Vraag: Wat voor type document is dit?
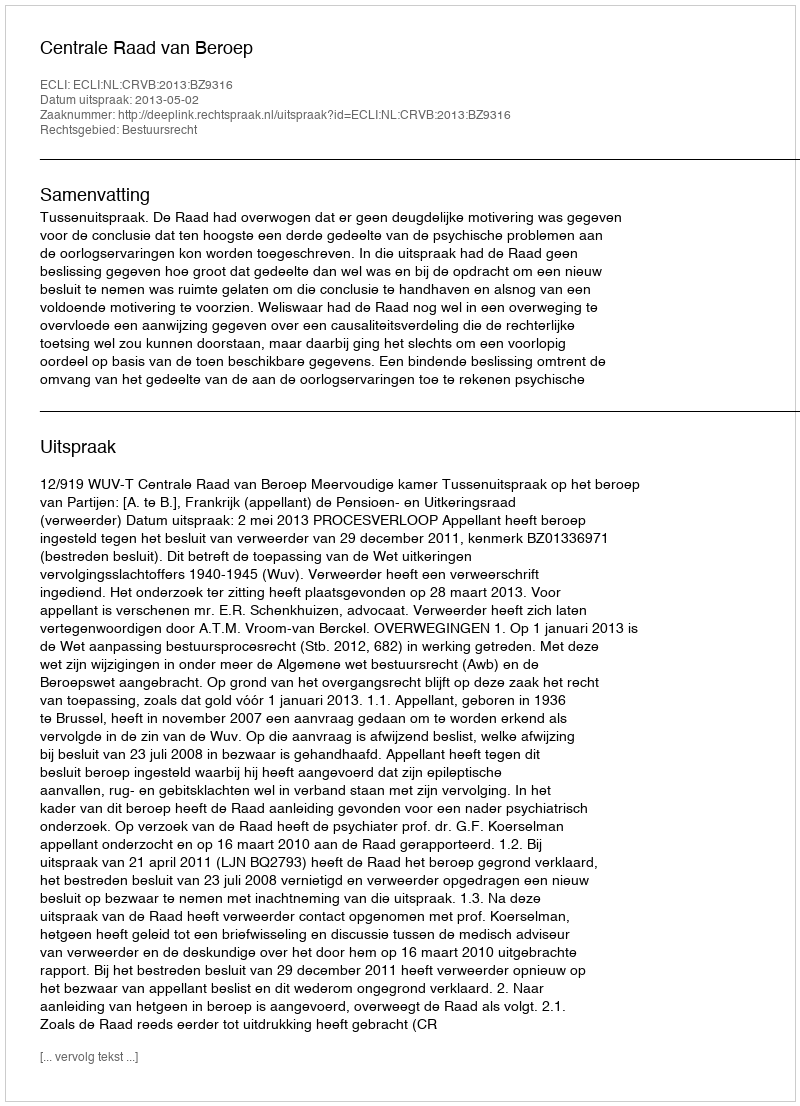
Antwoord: Uitspraak